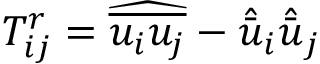
T _ { i j } ^ { r } = { \widehat { \overline { { u _ { i } u _ { j } } } } } - { \hat { \bar { u } } } _ { i } { \hat { \bar { u } } } _ { j }